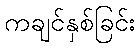
ကချင်နှစ်ခြင်း